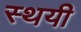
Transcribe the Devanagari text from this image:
स्‍थयी